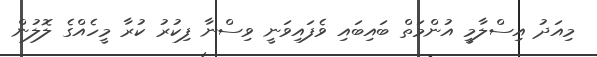
މިއަދު އިސްލާމީ އުންމަތް ބައިބައި ވެފައިވަނީ ވިސްނާ ފިކުރު ކުރާ މީހެއްގެ ލޮލުން